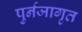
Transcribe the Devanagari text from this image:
पुर्नजागृत